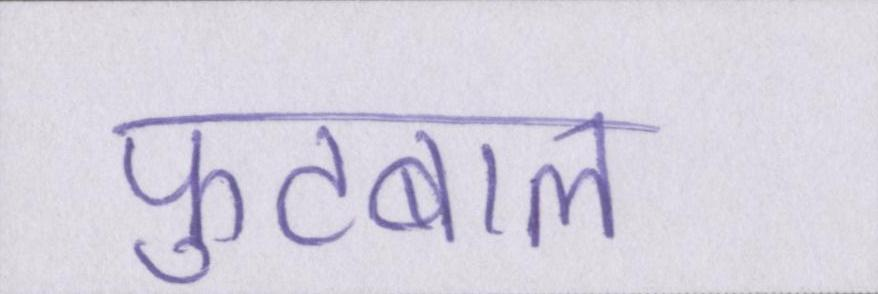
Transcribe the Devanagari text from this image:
फुटबाल